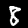
Label: 8